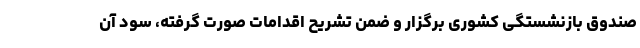
صندوق بازنشستگی کشوری برگزار و ضمن تشریح اقدامات صورت گرفته، سود آن